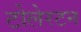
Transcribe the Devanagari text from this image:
टोलेरटन